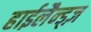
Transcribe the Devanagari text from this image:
हाईलैन्ड्ज़